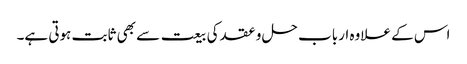
اس کے علاوہ ارباب حل و عقد کی بیعت سے بھی ثابت ہوتی ہے۔